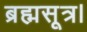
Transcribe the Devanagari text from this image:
ब्रह्मसूत्र।